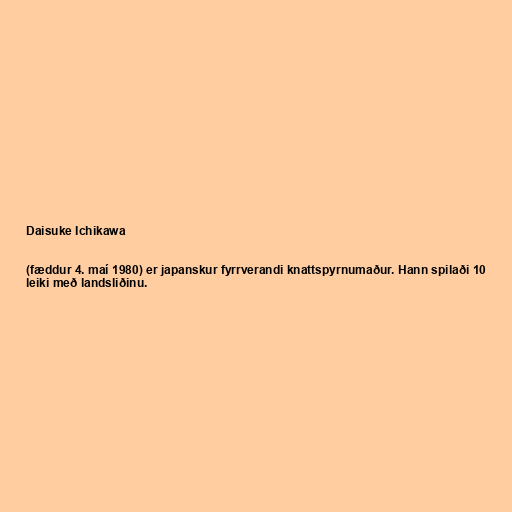
Daisuke Ichikawa

(fæddur 4. maí 1980) er japanskur fyrrverandi knattspyrnumaður. Hann spilaði 10
leiki með landsliðinu.